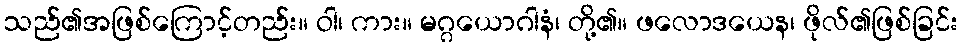
သည်၏အဖြစ်ကြောင့်တည်း။ ဝါ၊ ကား။ မဂ္ဂယောဂါနံ၊ တို့၏။ ဖလောဒယေန၊ ဖိုလ်၏ဖြစ်ခြင်း